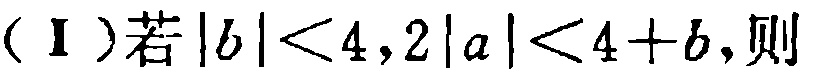
(Ⅰ)若\(\vert b\vert<4,2\vert a\vert<4 + b\)，则